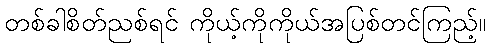
တစ်ခါစိတ်ညစ်ရင် ကိုယ့်ကိုကိုယ်အပြစ်တင်ကြည့်။